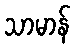
သာမာန်